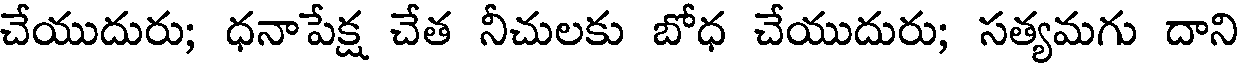
చేయుదురు; ధనాపేక్ష చేత నీచులకు బోధ చేయుదురు; సత్యమగు దాని